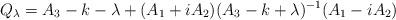
LaTeX: \begin{align*}Q_{\lambda } = A_3 -k-\lambda + (A_1 + iA_2 ) (A_3 -k+\lambda )^{-1}(A_1 - iA_2 )\end{align*}